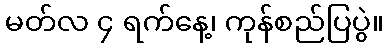
မတ်လ ၄ ရက်နေ့၊ ကုန်စည်ပြပွဲ။